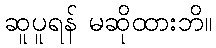
ဆူပူရန် မဆိုထားဘိ။